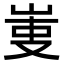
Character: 𠭏